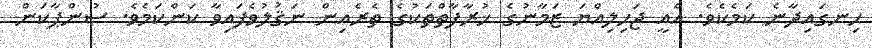
ހިނގައިދާނެ ކަމެކެވެ. އެއީ ޖަހިލިއްޔަ ޒަމާނުގެ ޚުރާފާތްތަކުގެ ތެރެއިން ނަޤުލުވެފައިވާ ކަންކަމެވެ. ސުންޕާކަން